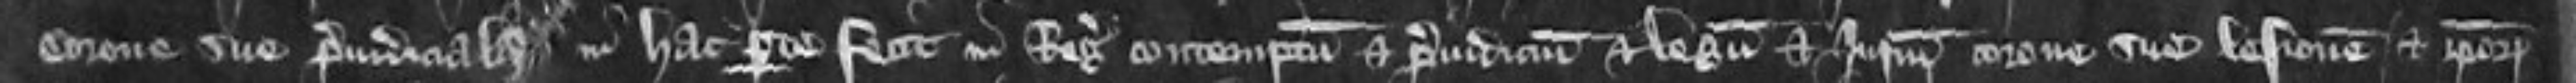
corone sue preiudicialia in hac parte fecit in Regis contemptum et preiudicium et legum et iurium corone sue lesionem et ipsorum